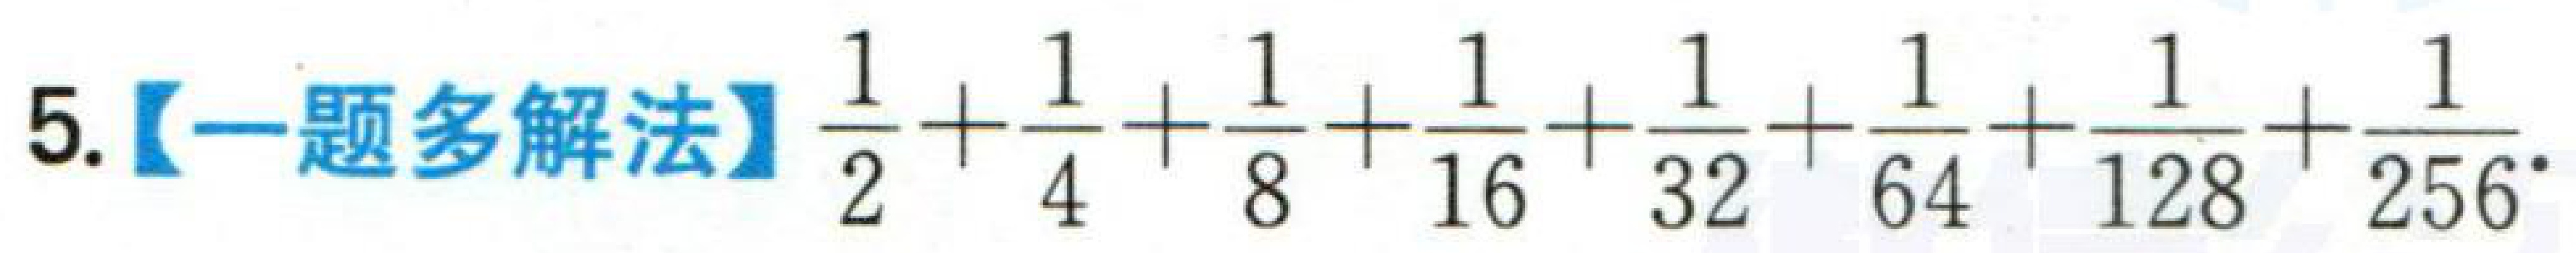
5.【一题多解法】$\frac{1}{2}+\frac{1}{4}+\frac{1}{8}+\frac{1}{16}+\frac{1}{32}+\frac{1}{64}+\frac{1}{128}+\frac{1}{256}$